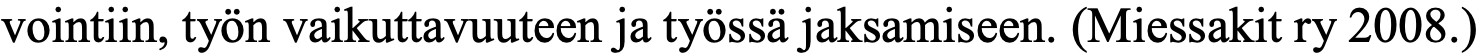
vointiin, työn vaikuttavuuteen ja työssä jaksamiseen. (Miessakit ry 2008.)